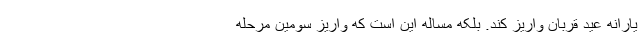
یارانه عید قربان واریز کند. بلکه مساله این است که واریز سومین مرحله